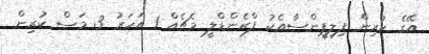
އޭގެ ކުރިން ފިލިޕީންސާއެކު ފްރެންޑްލީ މެޗެއް 1 އަހަރު 3 މަސް ކުރިން